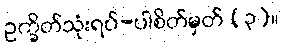
ဥက္ခိတ်သုံးရပ်-ပါစိတ်မှတ် (၃)။